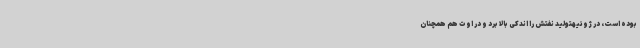
بوده است، در ژوئیهتولید نفتش را اندکی بالا برد و در اوت هم همچنان